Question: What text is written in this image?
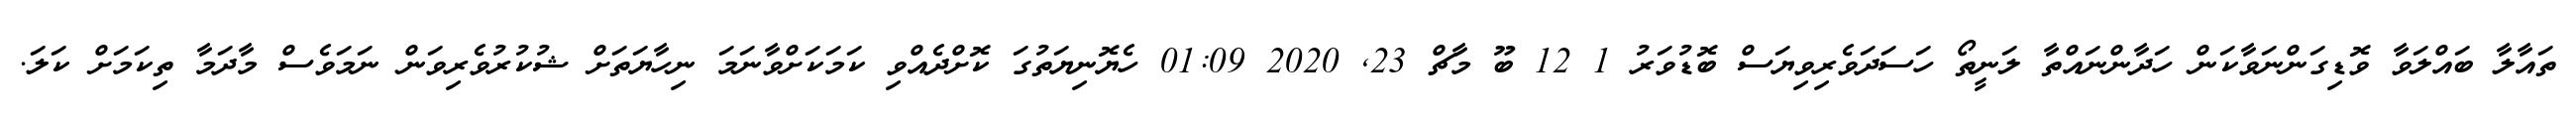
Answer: ތައާލާ ބައްލަވާ ވޮޑިގަންނަވާކަން ހަދާންނައްތާ ލަނީތޯ ހަސަދަވެރިވިޔަސް ބޮޑުވަރު 1 12 ބޫ މާޗް 23, 2020 01:09 ހެޔޮނިޔަތުގަ ކޮށްދެއްވި ކަމަކަށްވާނަމަ ނިހާޔަތަށް ޝުކުރުވެރިވަން ނަމަވެސް މާދަމާ ތިކަމަށް ކަލަ.